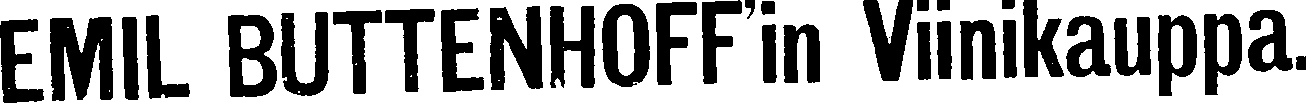
EMIL BUTTENHOFF'in Viinikauppa